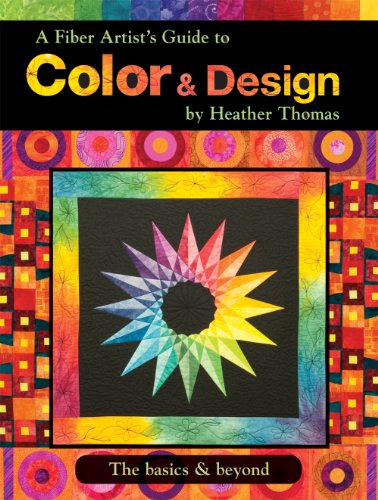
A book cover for A Fiber Artist Guide to Color & Design The basics & beyond; Heather Thomas; Crafts, Hobbies & Home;